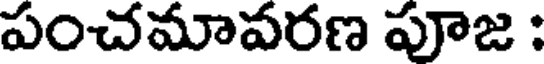
పంచమావరణ పూజ :